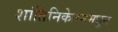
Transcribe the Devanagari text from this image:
शांतिनिकेतनमधून